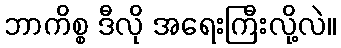
ဘာကိစ္စ ဒီလို အရေးကြီးလို့လဲ။